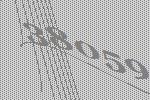
38059